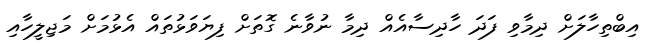
އިބްތިހާލަށް ދިމާވި ފަދަ ހާދިސާއެއް ދިމާ ނުވާނެ ގޮތަށް ފިޔަަވަޅުތައް އެޅުމަށް މަޖިލީހާއި